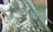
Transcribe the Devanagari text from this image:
बाधी